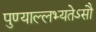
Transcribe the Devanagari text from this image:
पुण्याल्लभ्यतेऽसौ